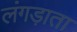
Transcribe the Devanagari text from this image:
लंगड़ाता